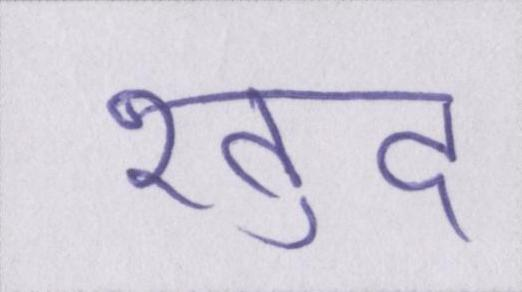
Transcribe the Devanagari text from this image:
ख़ुद